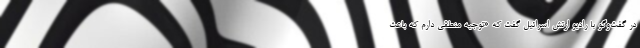
در گفت‌وگو با رادیو ارتش اسرائیل گفت که «توجیه منطقی دارم که باعث